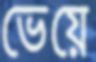
ভেয়ে